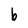
Character: b